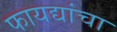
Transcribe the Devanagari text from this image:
फायद्यांचा